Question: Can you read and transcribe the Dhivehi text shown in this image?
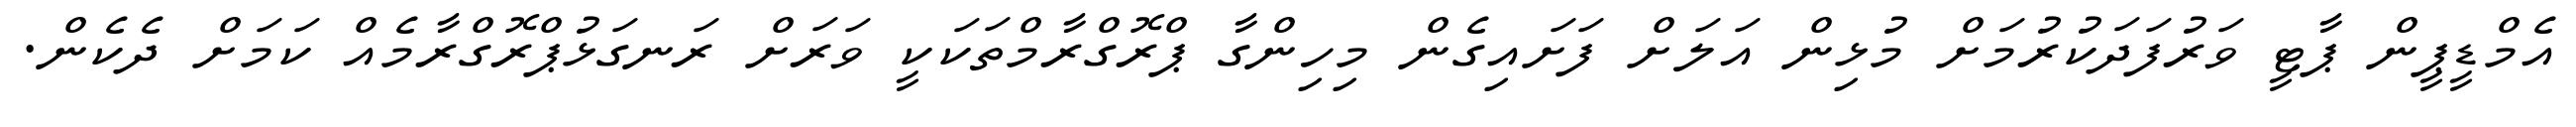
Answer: އެމްޑީޕީން ޕާޓީ ވަރުފަދަކުރުމަށް މުޅިން އަލަށް ފަށައިގެން މިހިންގާ ޕްރޮގްރާމްތަކަކީ ވަރަށް ރަނގަޅުޕްރޮގްރާމެއް ކަމަށް ދެކެން.